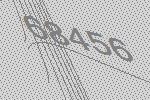
68456